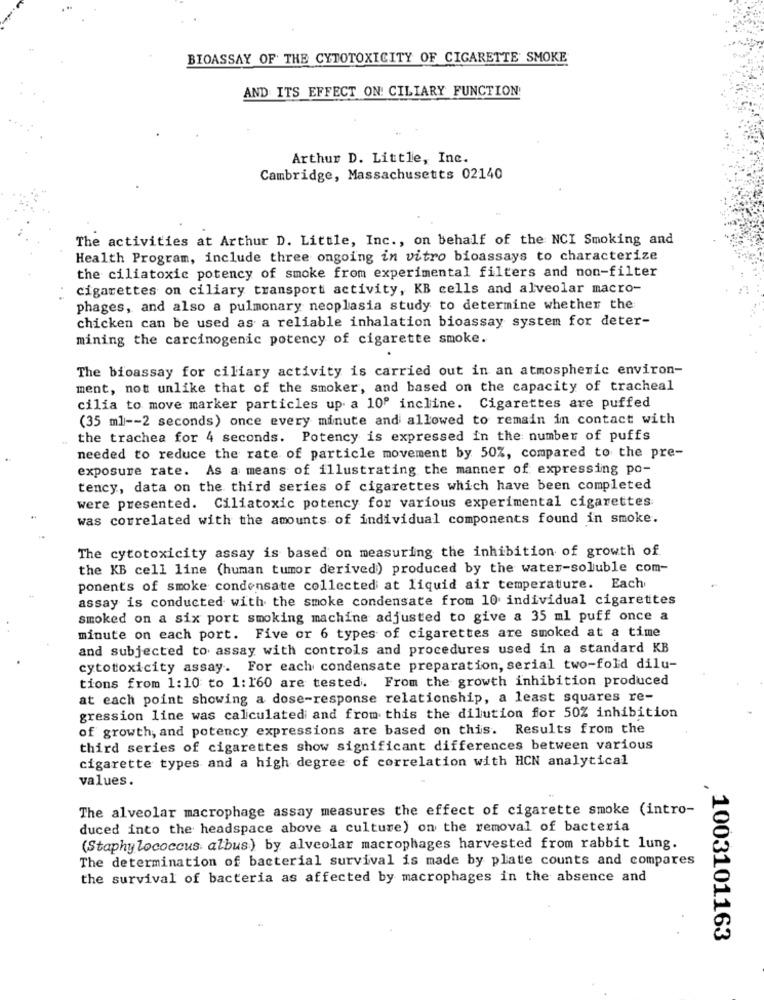
BIOASSAY OF THE CYTOTOXICITY OF CIGARETTE SMOKE
AND ITS EFFECT ON: CILIARY FUNCTION
Arthur D. Little, Inc.
Cambridge, Massachusetts 02140
The activities at Arthur D. Little, Inc ., on behalf of the NCI Smoking and
Health Program, include three ongoing in vitro bioassays to characterize
the ciliatoxic potency of smoke from experimental filters and non-filter
cigarettes on ciliary transport activity, KB cells and alveolar macro-
phages, and also a pulmonary neoplasia study to determine whether the
chicken can be used as a reliable inhalation bioassay system for deter-
mining the carcinogenic potency of cigarette smoke.
The bioassay for ciliary activity is carried out in an atmospheric environ-
ment, not unlike that of the smoker, and based on the capacity of tracheal
cilia to move marker particles up a 10º incline. Cigarettes are puffed
(35 ml -- 2 seconds) once every minute and allowed to remain in contact with
the trachea for 4 seconds. Potency is expressed in the number of puffs
needed to reduce the rate of particle movement by 50%, compared to the pre-
exposure rate. As a means of illustrating the manner of expressing po-
tency, data on the third series of cigarettes which have been completed
were presented. Ciliatoxic potency for various experimental cigarettes
was correlated with the amounts of individual components found in smoke.
The cytotoxicity assay is based on measuring the inhibition of growth of
the KB cell line (human tumor derived) produced by the water-soluble com-
ponents of smoke condensate collected at liquid air temperature. Each
assay is conducted with the smoke condensate from 10 individual cigarettes
smoked on a six port smoking machine adjusted to give a 35 ml puff once a
minute on each port. Five or 6 types of cigarettes are smoked at a time
and subjected to assay with controls and procedures used in a standard KB
cytotoxicity assay. For each condensate preparation, serial two-fold dilu-
tions from 1:10 to 1: 160 are tested. From the growth inhibition produced
at each point showing a dose-response relationship, a least squares re-
gression line was calculated and from this the dilution for 50% inhibition
of growth, and potency expressions are based on this. Results from the
third series of cigarettes show significant differences between various
cigarette types and a high degree of correlation with HCN analytical
values.
The alveolar macrophage assay measures the effect of cigarette smoke (intro-
duced into the headspace above a culture) on the removal of bacteria
(Staphylococcus albus) by alveolar macrophages harvested from rabbit lung.
The determination of bacterial survival is made by plate counts and compares
the survival of bacteria as affected by macrophages in the absence and
, 1003101163